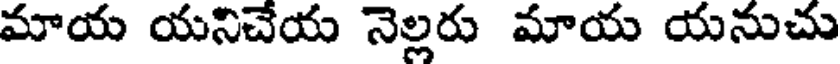
మాయ యనిచేయ నెల్లరు మాయ యనుచు